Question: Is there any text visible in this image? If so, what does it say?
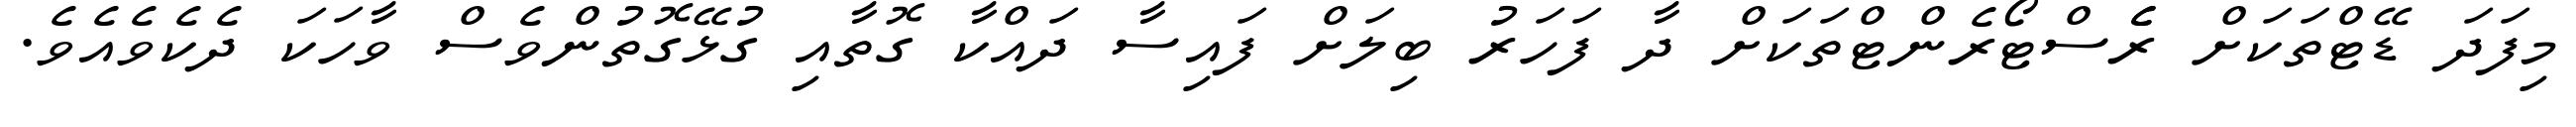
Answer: މިފަދަ ޑޭޓްތަކަށް ރެެސްޓޯރެންޓްތަކަށް ދާ ފަހަރު ބިލަށް ފައިސާ ދައްކާ ގޮތާއި ގުޅޭގޮތުންވެސް ވާހަކަ ދެކެވެއެވެ.